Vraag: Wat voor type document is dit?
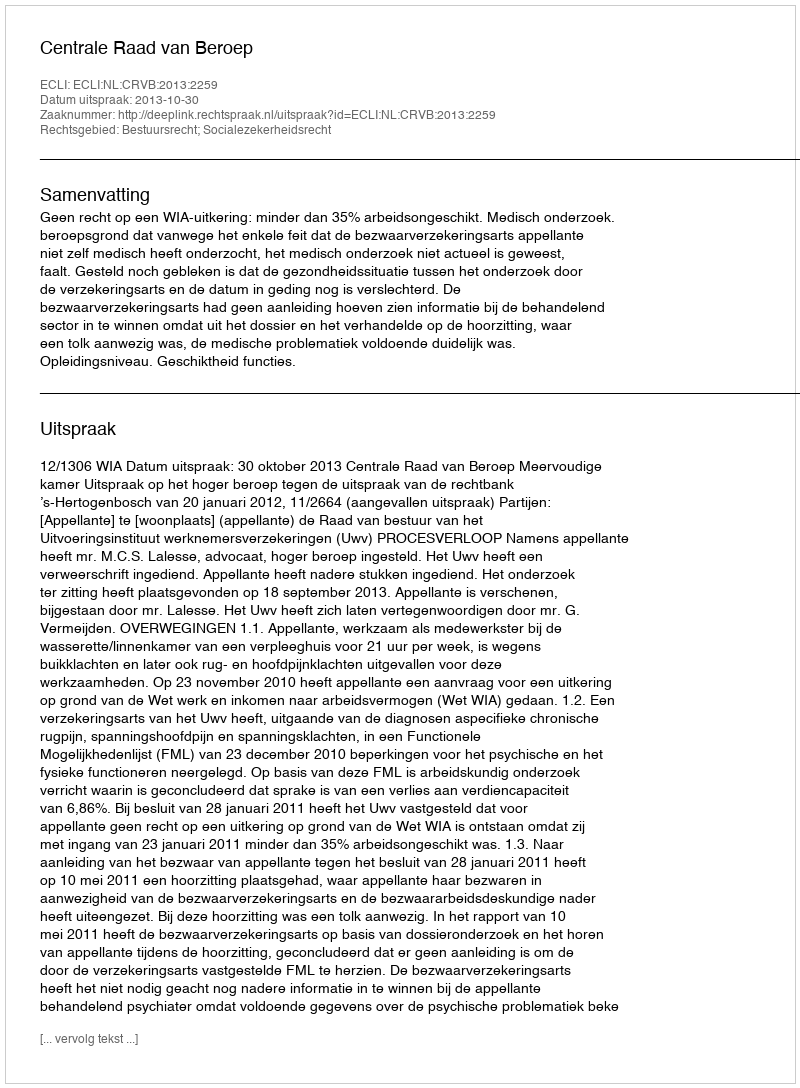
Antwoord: Uitspraak